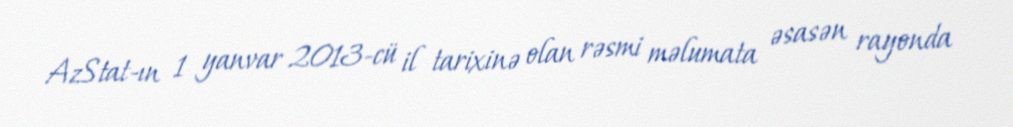
AzStat-ın 1 yanvar 2013-cü il tarixinə olan rəsmi məlumata əsasən rayonda